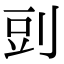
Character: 剅